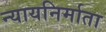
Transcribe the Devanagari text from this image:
न्यायनिर्माता